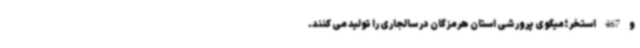
و 467 استخر ؛میگوی پرورشی استان هرمزگان در سالجاری را تولید می کنند.